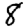
Digit: 8